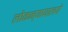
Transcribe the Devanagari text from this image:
लोकन्यायालये